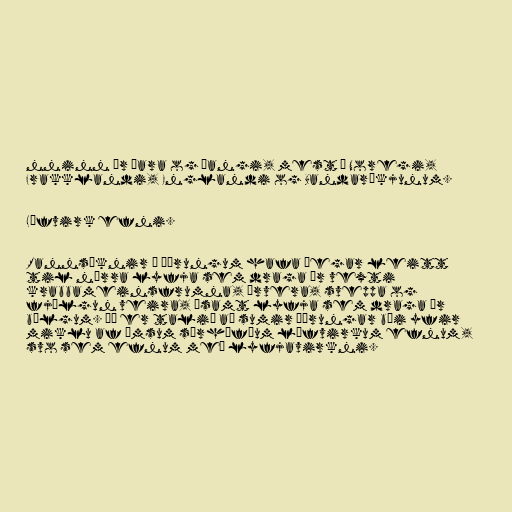
nninn úr þara og þangi, mest í Noregi,
Frakklandi, Englandi og Bandaríkjunum.

Lífvirk efni.

Rannsóknir á þörungum hafa þegar leitt
til nýrra lyfja sem draga úr vexti
krabbameinsfrumna, örvera, sveppa og
fjölgun veira, ásamt lyfja sem draga úr
bólgum. Þá er talið að sumir þörungar búi yfir
miklu af ýmsum sérhæfðum lífvirkum efnum,
svo sem efnum með lyfjavirkni.